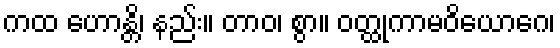
ကထ ဟောန္တိ၊ နည်း။ တာဝ၊ စွာ။ ဝတ္ထုကာမဝိယောဂေ၊